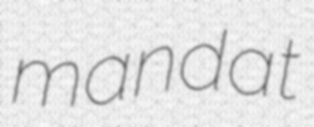
mandat